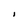
Character: I